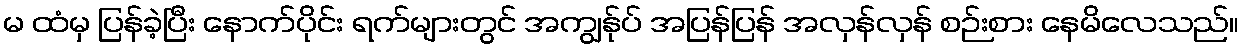
မ ထံမှ ပြန်ခဲ့ပြီး နောက်ပိုင်း ရက်များတွင် အကျွန်ုပ် အပြန်ပြန် အလှန်လှန် စဉ်းစား နေမိလေသည်။